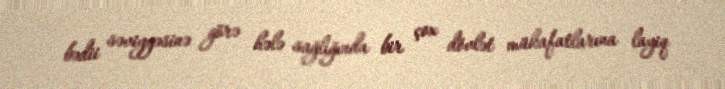
bədii səviyyəsinə görə hələ sağlığında bir çox dövlət mükafatlarına layiq